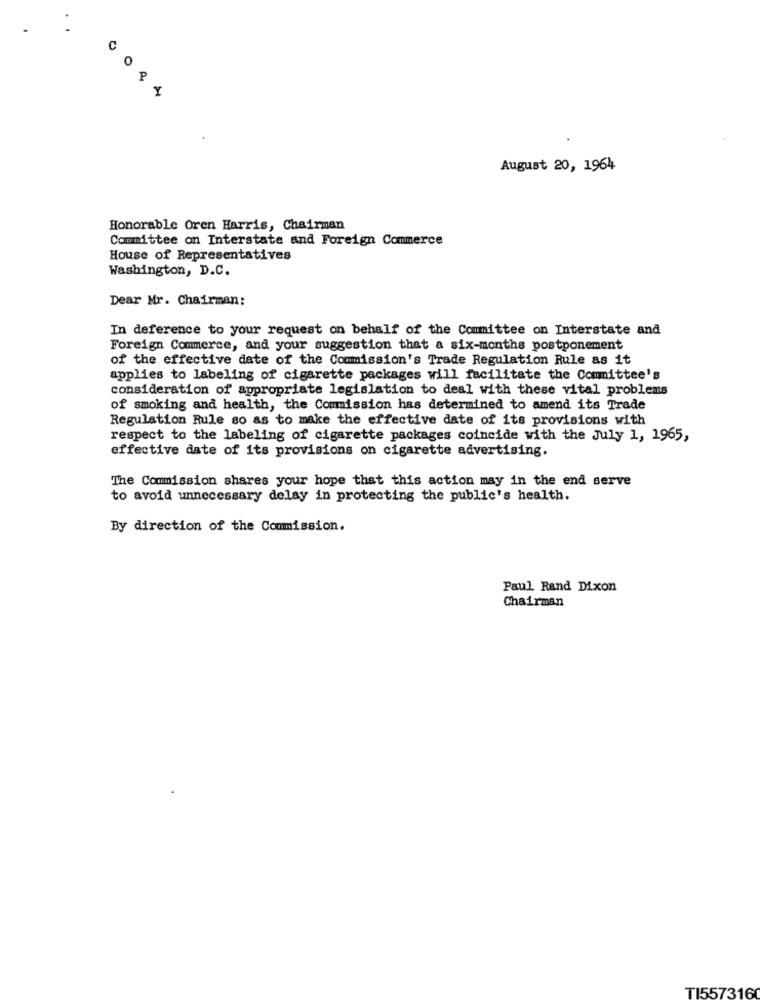
C
O
P
Y
August 20, 1964
Honorable Oren Harris, Chairman
Committee on Interstate and Foreign Commerce
House of Representatives
Washington, D.C.
Dear Mr. Chairman:
In deference to your request on behalf of the Committee on Interstate and
Foreign Commerce, and your suggestion that a six-months postponement
of the effective date of the Commission's Trade Regulation Rule as it
applies to labeling of cigarette packages will facilitate the Committee's
consideration of appropriate legislation to deal with these vital problems
of smoking and health, the Commission has determined to amend its Trade
Regulation Rule so as to make the effective date of its provisions with
respect to the labeling of cigarette packages coincide with the July 1, 1965,
effective date of its provisions on cigarette advertising.
The Commission shares your hope that this action may in the end serve
to avoid unnecessary delay in protecting the public's health.
By direction of the Commission.
Paul Rand Dixon
Chairman
TI5573160